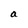
Character: a